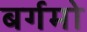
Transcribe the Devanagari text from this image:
बर्गमो